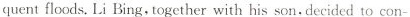
quentfloods.Li Bing,together with his son,decided to con-